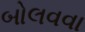
બોલવવા